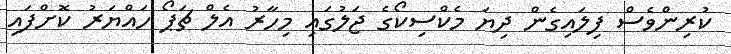
ކުރިންވެސް ފިލައިގެން ދިޔަ މެކްސިކޯގެ ޖަލުގައި މިހާރު އެލް ޗަޕޯ ހައްޔަރު ކޮށްފައި